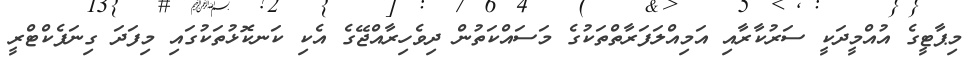
މިޕާޓީގެ އުއްމީދަކީ ސަރުކާރާއި އަމިއްލަފަރާތްތަކުގެ މަސައްކަތުން ދިވެހިރާއްޖޭގެ އެކި ކަނކޮޅުތަކުގައި މިފަދަ ގިނަފެކްޓްރީ